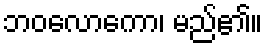
ဘဝလောကော၊ မည်၏။